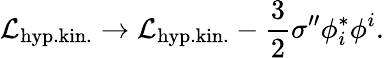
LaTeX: {\cal L}_{\mathrm{hyp.kin.}}\rightarrow{\cal L}_{\mathrm{hyp.kin.}}-\frac 32\sigma^{\prime\prime}\phi_{i}^{*}\phi^{i}.